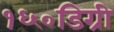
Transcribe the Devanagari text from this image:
१६०डिग्री